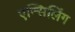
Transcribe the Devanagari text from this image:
एन्सिलिंग